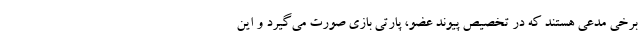
برخی مدعی هستند که در تخصیص پیوند عضو، پارتی بازی صورت می‌گیرد و این